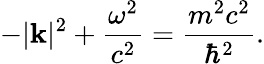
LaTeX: -|\mathbf{k}|^{2}+{\frac{\omega^{2}}{c^{2}}}={\frac{m^{2}c^{2}}{\hbar^{2}}}.